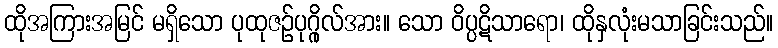
ထိုအကြားအမြင် မရှိသော ပုထုဇဉ်ပုဂ္ဂိုလ်အား။ သော ဝိပ္ပဋိသာရော၊ ထိုနှလုံးမသာခြင်းသည်။